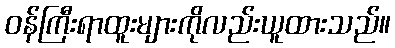
ဝန်ကြီးရာထူးများကိုလည်းယူထားသည်။